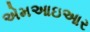
એમઆઇઆર